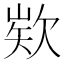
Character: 𭭍